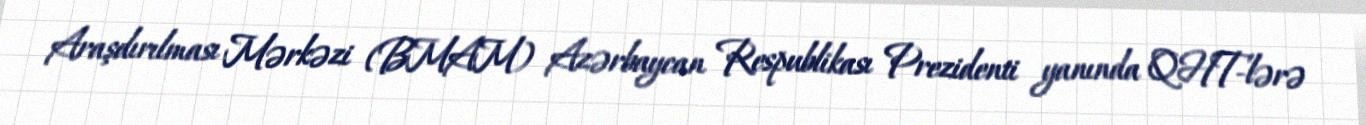
Araşdırılması Mərkəzi (BMAM) Azərbaycan Respublikası Prezidenti yanında QHT-lərə